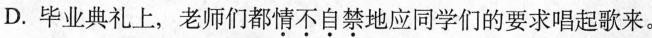
D.毕业典礼上，老师们都情不自禁地应同学们的要求唱起歌来。